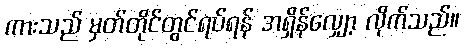
ကားသည် မှတ်တိုင်တွင်ရပ်ရန် အရှိန်လျှော့ လိုက်သည်။